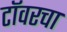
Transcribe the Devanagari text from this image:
टॉवरचा